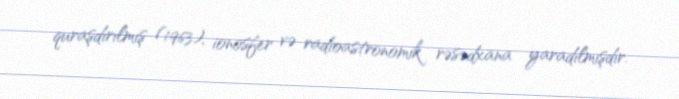
quraşdırılmış (1963), ionosfer və radioastronomik rəsədxana yaradılmışdır.